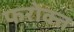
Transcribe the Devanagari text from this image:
फरोक्त